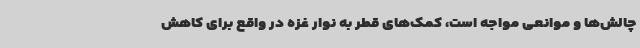
چالش‌ها و موانعی مواجه است، کمک‌های قطر به نوار غزه در واقع برای کاهش